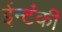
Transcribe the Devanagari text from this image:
ईन्टंकी